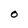
Character: O